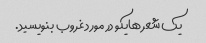
یک شعر هایکو در مورد غروب بنویسید.